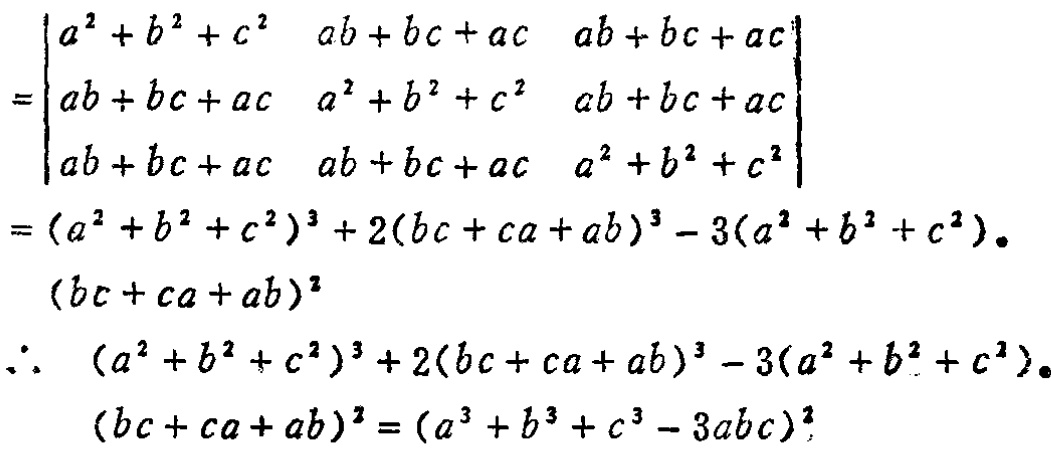
\[

\begin{align*}

&=\begin{vmatrix}

a^{2}+b^{2}+c^{2}&ab + bc + ac&ab + bc + ac\\

ab + bc + ac&a^{2}+b^{2}+c^{2}&ab + bc + ac\\

ab + bc + ac&ab + bc + ac&a^{2}+b^{2}+c^{2}

\end{vmatrix}\\

&=(a^{2}+b^{2}+c^{2})^{3}+2(bc + ca + ab)^{3}-3(a^{2}+b^{2}+c^{2})\cdot(bc + ca + ab)^{2}\\

\therefore\ &(a^{2}+b^{2}+c^{2})^{3}+2(bc + ca + ab)^{3}-3(a^{2}+b^{2}+c^{2})\cdot(bc + ca + ab)^{2}=(a^{3}+b^{3}+c^{3}-3abc)^{2}

\end{align*}

\]